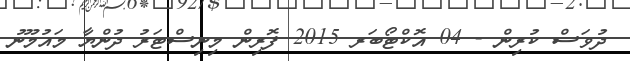
ދުވަސް ކުރިން - 04 އޮކްޓޯބަރ 2015 ފޮރިން މިނިސްޓަރު ދުންޔާ މައުމޫނު